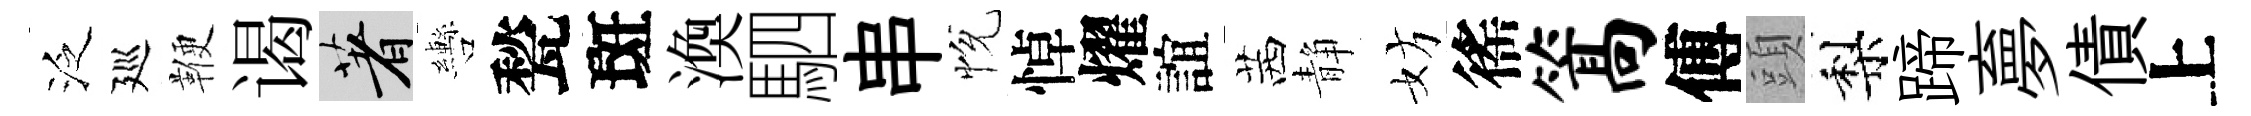
泛廵鞭谒著轡甃斑渙駟串恱悼燿誼茜静妨徭篙傅頭梨蹄夣債上